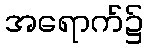
အရောက်၌